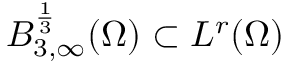
B _ { 3 , \infty } ^ { \frac { 1 } { 3 } } ( \Omega ) \subset L ^ { r } ( \Omega )